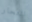
انتحار